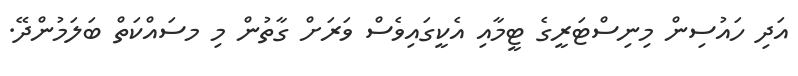
އަދި ހައުސިން މިނިސްޓަރީގެ ޓީމާއި އެކީގައިވެސް ވަރަށް ގާތުން މި މސައްކަތް ބަލަމުންދޭ.